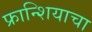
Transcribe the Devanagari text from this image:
फ्रान्शियाचा